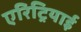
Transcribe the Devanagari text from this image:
एरिट्रियाई